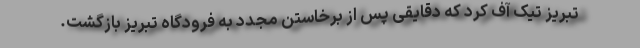
تبریز تیک آف کرد که دقایقی پس از برخاستن مجدد به فرودگاه تبریز بازگشت.